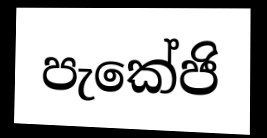
පැකේජි